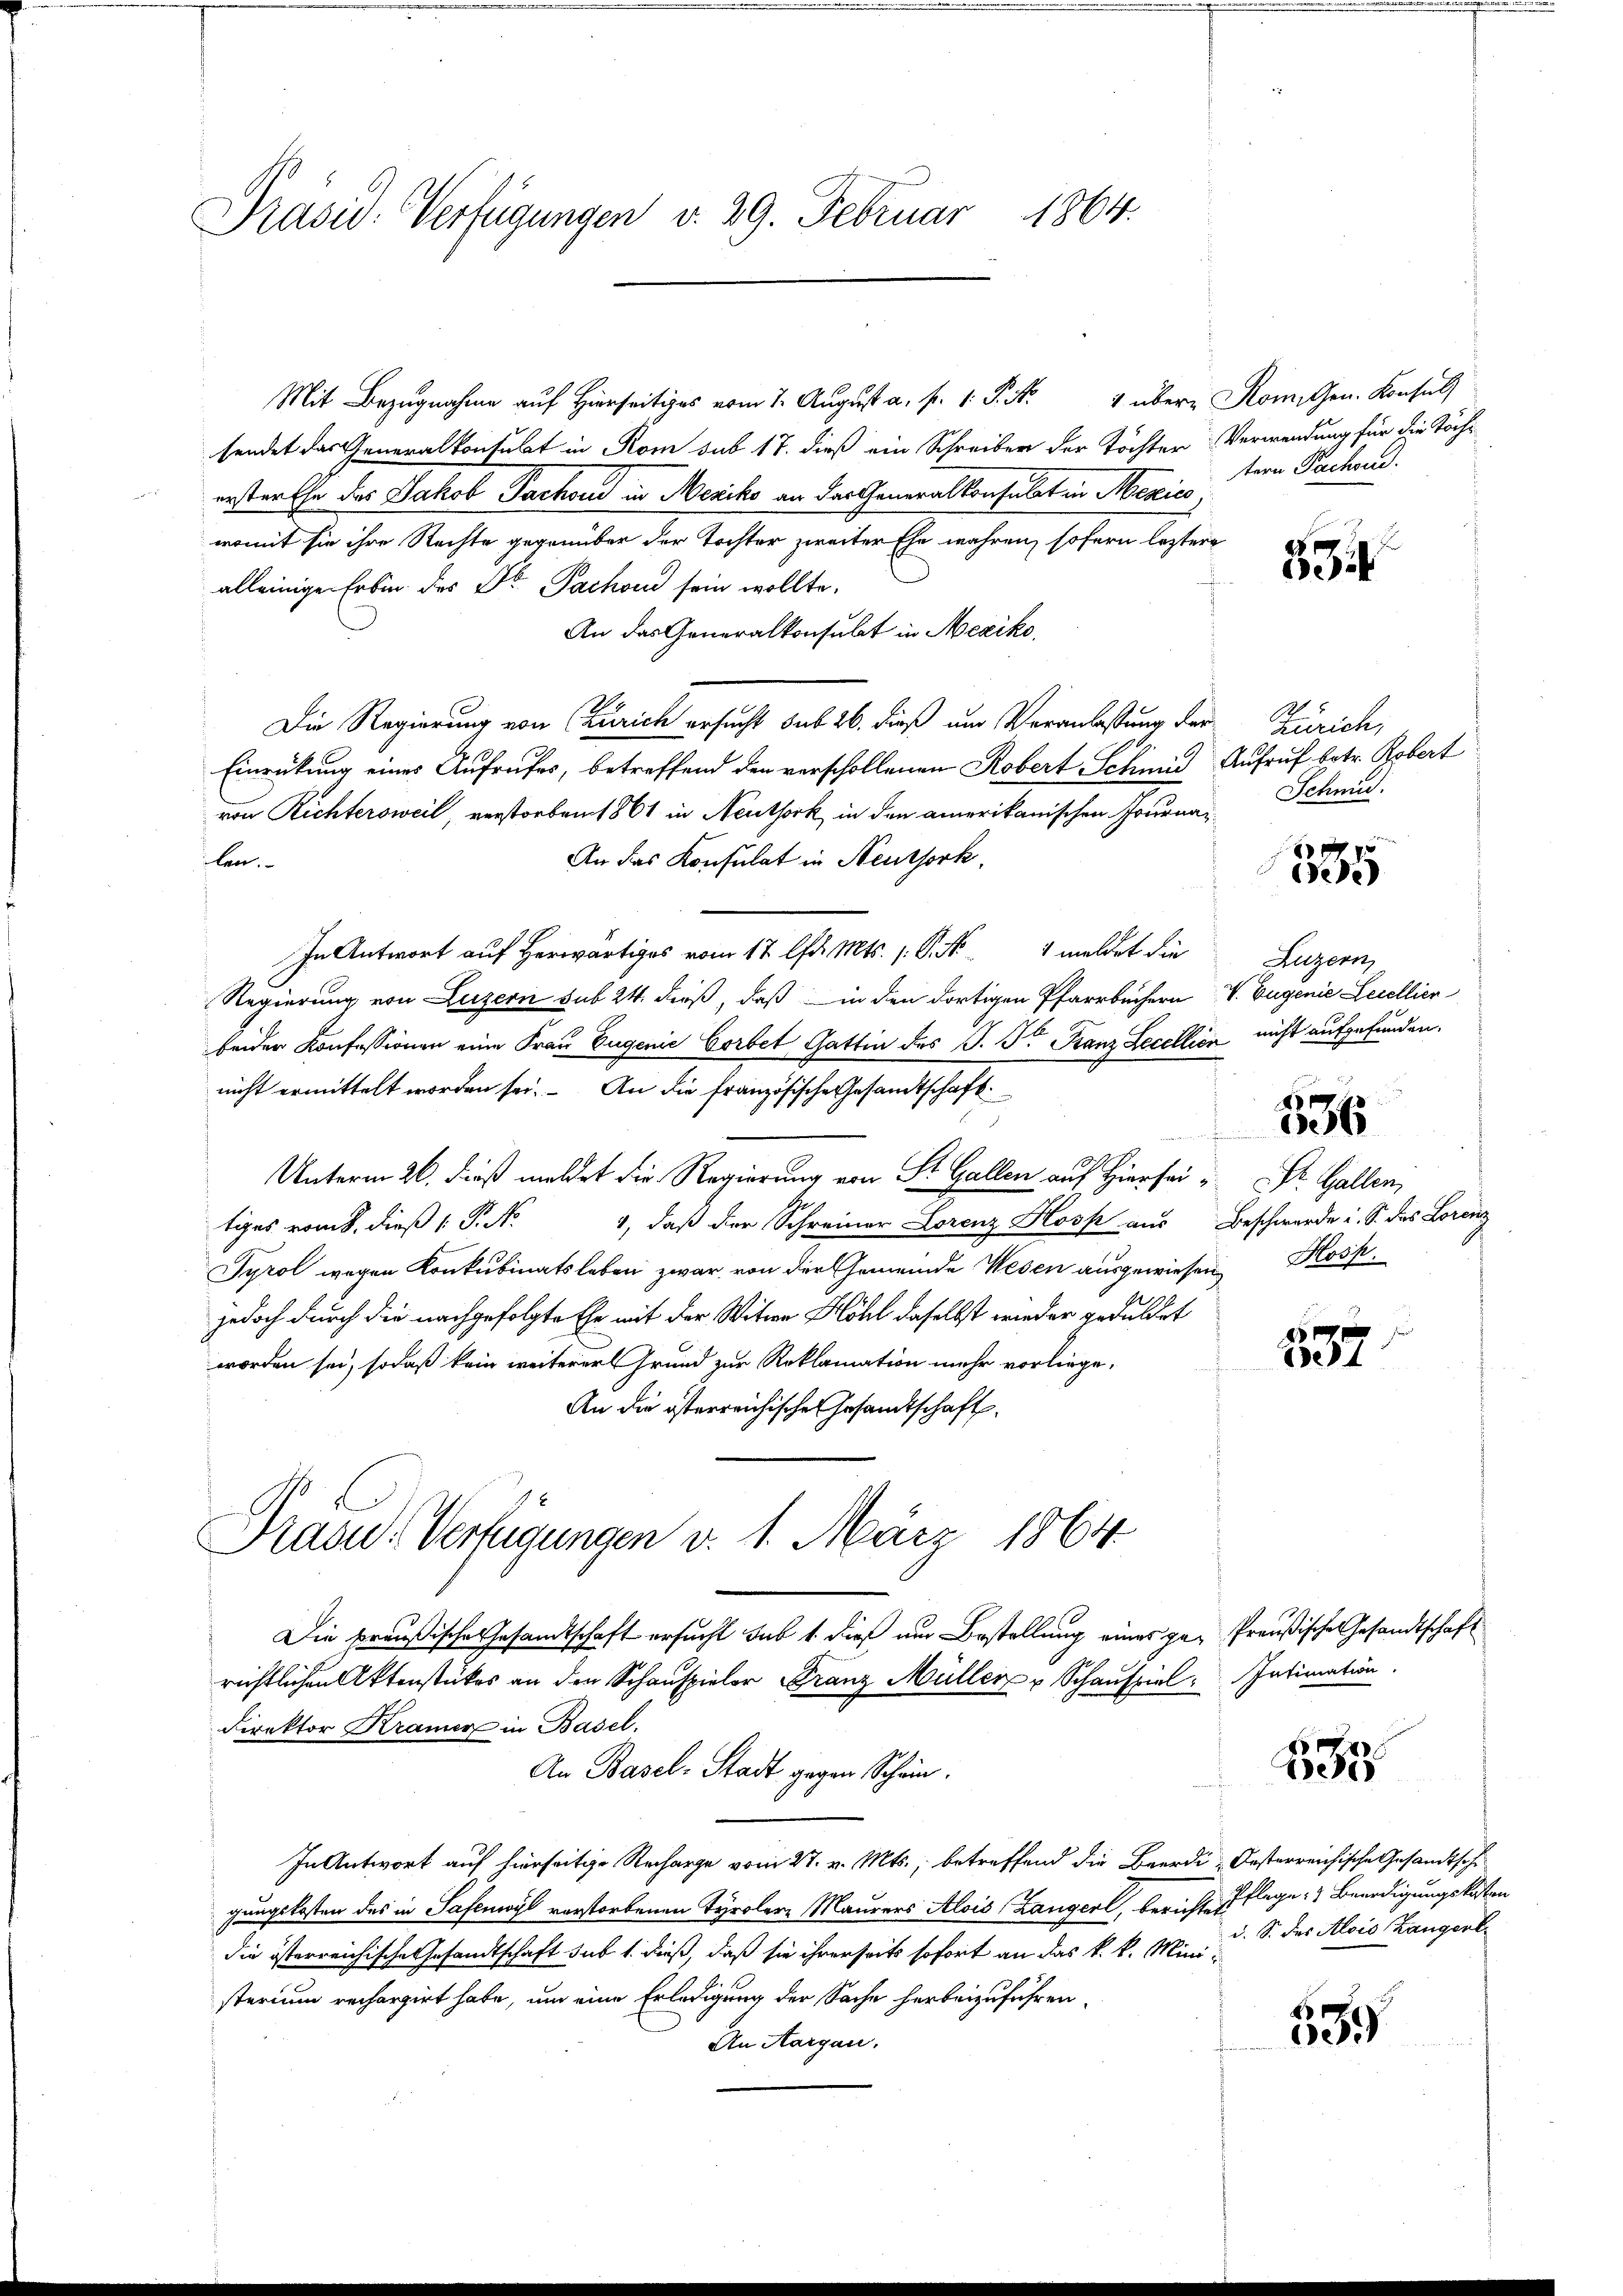
Präsid. Verfügungen v. 29. Februar 1864.

Miza auf Hirseits vom 7. August a. p. P. Nr. 4 über Rom. Gen. Konsul
sendet das Generalkonsulat in Rom sub 17. dieß ein Schreiber der Töchter Verwendung für die Töchersterthe das Jakob Pachend in Meriko an der Generalkonsulat in Mexics
womit sie ihre Rechte gegenüber der Tochter zweiter Ehe wahren, sofern leztere
alleinige Erbin des Dr. Pachon sein wollte.
An das Generalkonsulat in Mexiko
Die Regierung von Zürich ersucht sub 26. dieß um Veranlassung der Zürich,
Einrückung eines Aufrufes, betreffend den verschollenen Robert Schmid Aufruf betr. Robert
von Richtersweil, verstorben 1861 in Neuthork in den amerikanischen Journa Schmid.
An das Konsulat in Neuthork.
len.
In Antwort auf Herr vom 17 lfd. Mts. s. S. 4 meldet die
Regierung von Luzern sub 24. dieß, daß in den dortigen Pfarrbüchern V. Eugenie Lecellier
beider Konfessionen eine Frau Eugenie Corbet Gattin des P. Dr. Franz Lecellien nicht aufgefunden.
nicht ermittelt worden sei. An die französische Gesandtschaft
Unterm 26. dieß meldet die Regierung von St. Gallen auf Hiers Dr. Gallen,
1, daß der Schreiner Lorenz Hosp aus Beschwerde i. S. das Lorenz
tiges romt, dieß P. Nr.
Tyrol wegen Konkubinatsleben zwar von der Gemeinde Wesen ausgewiesen Hosp
jedoch durch die nachgefolgte Ehe mit der Witwe Köhl daselbst wieder geduldet
worden sei, sodaß kein weiterer Grund zur Reklamation mehr vorliege,
An die österreichische Gesandtschaft
Präsid.. Verfügungen v. 1. März 1864.
Die preußische Gesandtschaft ersucht sub 1. dieß um Bestellung eines ge- Preußische Gesandtschaft
richtlichen Aktenstückes an den Schauspieler Franz Müller u Schauspiel. Intimation
Direktor Kramer in Basel.
An Basel-Stadt gegen Schein.
In Antwort auf hierseitige Recharge vom 27. v. Mts., betreffend die Beerdi-Oesterreichische Gesandtsche
gungskosten des in Safenwyl verstorbenen Tyrolere Maurers Alois Langerl, berichte Pflege Beerdigungskosten
die österreichische Gesandtschaft sub 1. dieß, daß sie ihrerseits sofort an das k. k. Mini-
sterium rechargirt habe, um eine Erledigung der Sache herbeizuführen,
An Aargau.

tern Pachend.

334

335

Luzern,
f x
1886

e1

182

d. S. des Alois Langert

2)
6